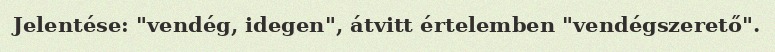
Jelentése: "vendég, idegen", átvitt értelemben "vendégszerető".